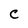
Character: C